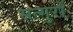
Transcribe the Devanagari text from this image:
सत्गुरों